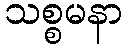
သစ္စမနာ